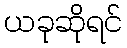
ယခုဆိုရင်